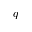
q